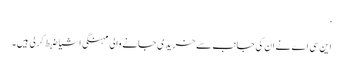
‘
این سی اے نے ان کی جانب سے خریدی جانے والی مہنگی اشیا ضبط کرلی ہیں۔